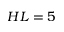
H L = 5